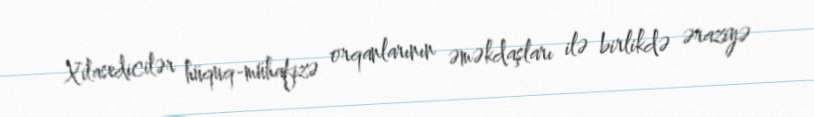
Xilasedicilər hüquq-mühafizə orqanlarının əməkdaşları ilə birlikdə əraziyə